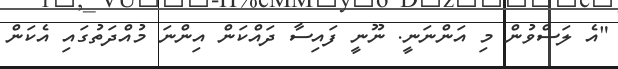
"އެ ލަސްވުން މި އަންނަނީ. ނޫނީ ފައިސާ ދައްކަން އިންނަ މުއްދަތުގައި އެކަން